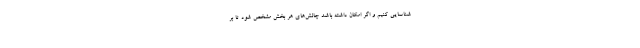
شناسایی کنیم و اگر امکان داشته باشد چالش‌های هر بخش مشخص شود تا بر